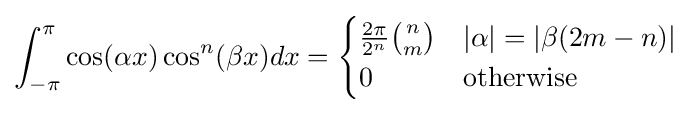
\int _{-\pi }^{\pi }\cos(\alpha x)\cos ^{n}(\beta x)dx={\begin{cases}{\frac {2\pi }{2^{n}}}{\binom {n}{m}}&|\alpha |=|\beta (2m-n)|\\0&{\text{otherwise}}\end{cases}}